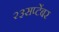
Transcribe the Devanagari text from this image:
२३सप्टेंबर